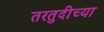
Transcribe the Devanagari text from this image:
तरतुदीच्या